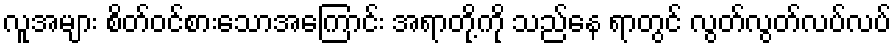
လူအများ စိတ်ဝင်စားသောအကြောင်း အရာတို့ကို သည်နေ ရာတွင် လွတ်လွတ်လပ်လပ်